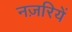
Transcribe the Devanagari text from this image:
नज़रियें